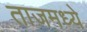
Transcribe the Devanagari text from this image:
ताजमध्ये